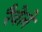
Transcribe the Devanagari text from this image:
रैवेले